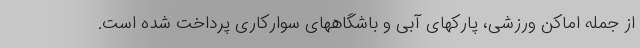
از جمله اماکن ورزشی، پارکهای آبی و باشگاههای سوارکاری پرداخت شده است.